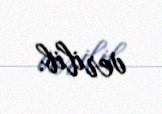
verilib.